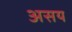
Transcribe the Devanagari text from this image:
असय